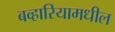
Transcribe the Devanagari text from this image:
बव्हारियामधील